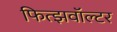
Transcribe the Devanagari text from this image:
फित्झवॉल्टर